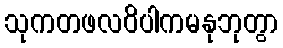
သုကတဖလဝိပါကမနုဘုတွာ